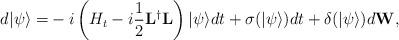
LaTeX: \begin{align*}d |\psi\rangle = & -i \left(H_t - i \dfrac{1}{2}\mathbf{L}^{\dagger}\mathbf{L} \right)|\psi\rangle dt + \sigma(|\psi\rangle) dt + \delta(|\psi\rangle) d\mathbf{W}, \end{align*}